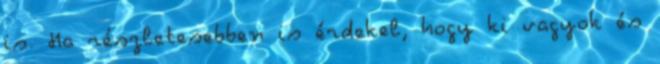
is. Ha részletesebben is érdekel, hogy ki vagyok és